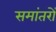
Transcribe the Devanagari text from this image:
समांतरों